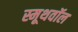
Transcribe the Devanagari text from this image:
स्मूथवॉल